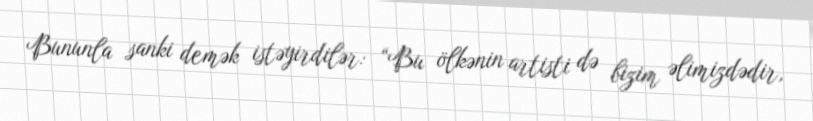
Bununla sanki demək istəyirdilər: “Bu ölkənin artisti də bizim əlimizdədir,